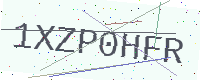
Text: 1XZP0HFR